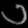
Digit: ၁